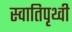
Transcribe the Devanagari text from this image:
स्वातिपृथ्वी